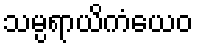
သမ္ပရာယိကံယေဝ